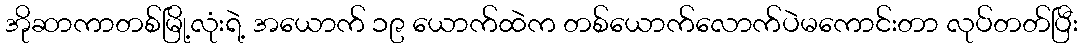
အိုဆာကာတစ်မြို့လုံးရဲ့ အယောက် ၁၉ ယောက်ထဲက တစ်ယောက်လောက်ပဲမကောင်းတာ လုပ်တတ်ပြီး